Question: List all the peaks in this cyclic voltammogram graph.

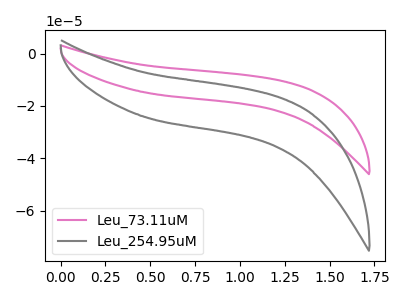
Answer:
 <answer>The pink curve "Leu_73.11uM" has no peaks. The gray curve "Leu_254.95uM" has no peaks.</answer>
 <eval></eval>